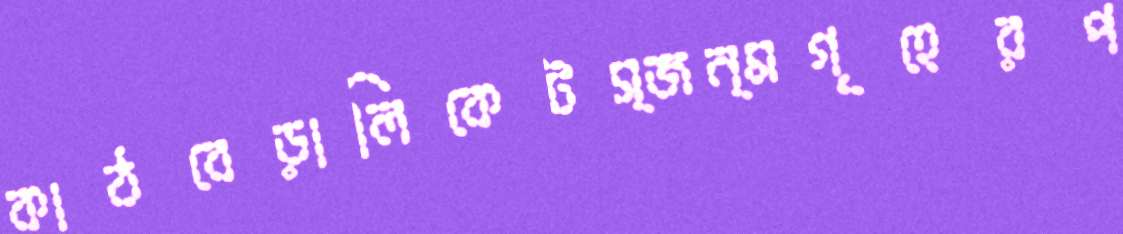
কাঠবেড়ালিকেটস্‌জন্মগৃহেরপ